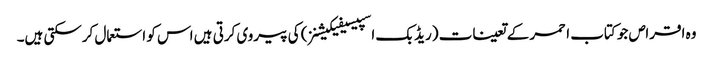
وہ اقراص جو کتاب احمر کے تعینات (ریڈ بک اسپیسیفیکیشنز) کی پیروی کرتی ہیں اس کو استعمال کرسکتی ہیں۔